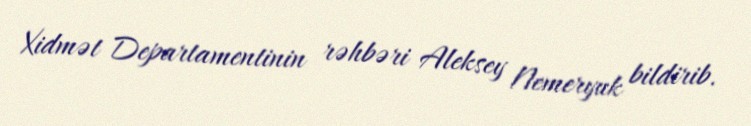
Xidmət Departamentinin rəhbəri Aleksey Nemeryuk bildirib.